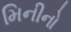
મિનીનો